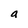
Character: a